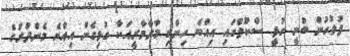
ފުލުހުން ބުނީ ގުޅީ ސްކޫލްގައި އިއްޔެ ހިންގި މާރާމާރީއަކާ ގުޅިގެން އިއްޔެ މެންދުރުގެ